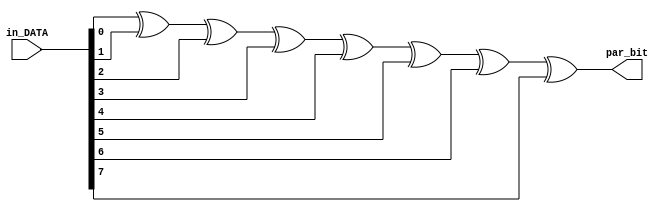
module PAR_GEN_CHK(
    input [7:0]in_DATA,
    output par_bit

);


xor(par_bit,in_DATA[0],in_DATA[1],in_DATA[2],in_DATA[3],in_DATA[4],in_DATA[5],in_DATA[6],in_DATA[7]);

/////NOTE:
/////This will generate and also will be used to check for a 1 for odd number of 1 logics and a zero for even number of 1 logics
/////This will be added for the error detection
/////Optional stuff not really required but i will do it anyways


endmodule